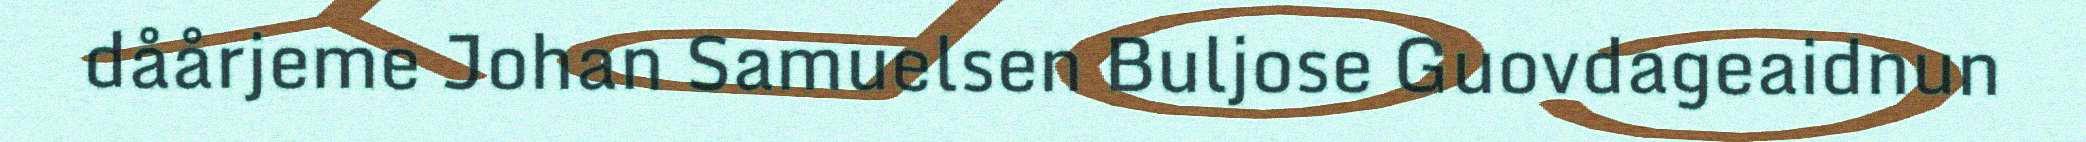
dåårjeme Johan Samuelsen Buljose Guovdageaidnun